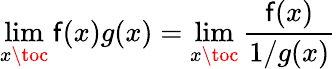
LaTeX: \operatorname*{lim}_{x\toc}\mathsf{f}(x)g(x)=\operatorname*{lim}_{x\toc}{\frac{{\mathsf{f}(x)}}{{1/g(x)}}}